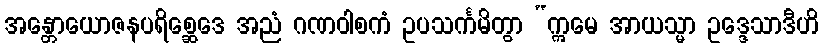
အန္တောယောဇနပရိစ္ဆေဒေ အညံ ဂဏဝါစကံ ဥပသင်္ကမိတွာ “ဣမေ အာယသ္မာ ဥဒ္ဒေသာဒီဟိ